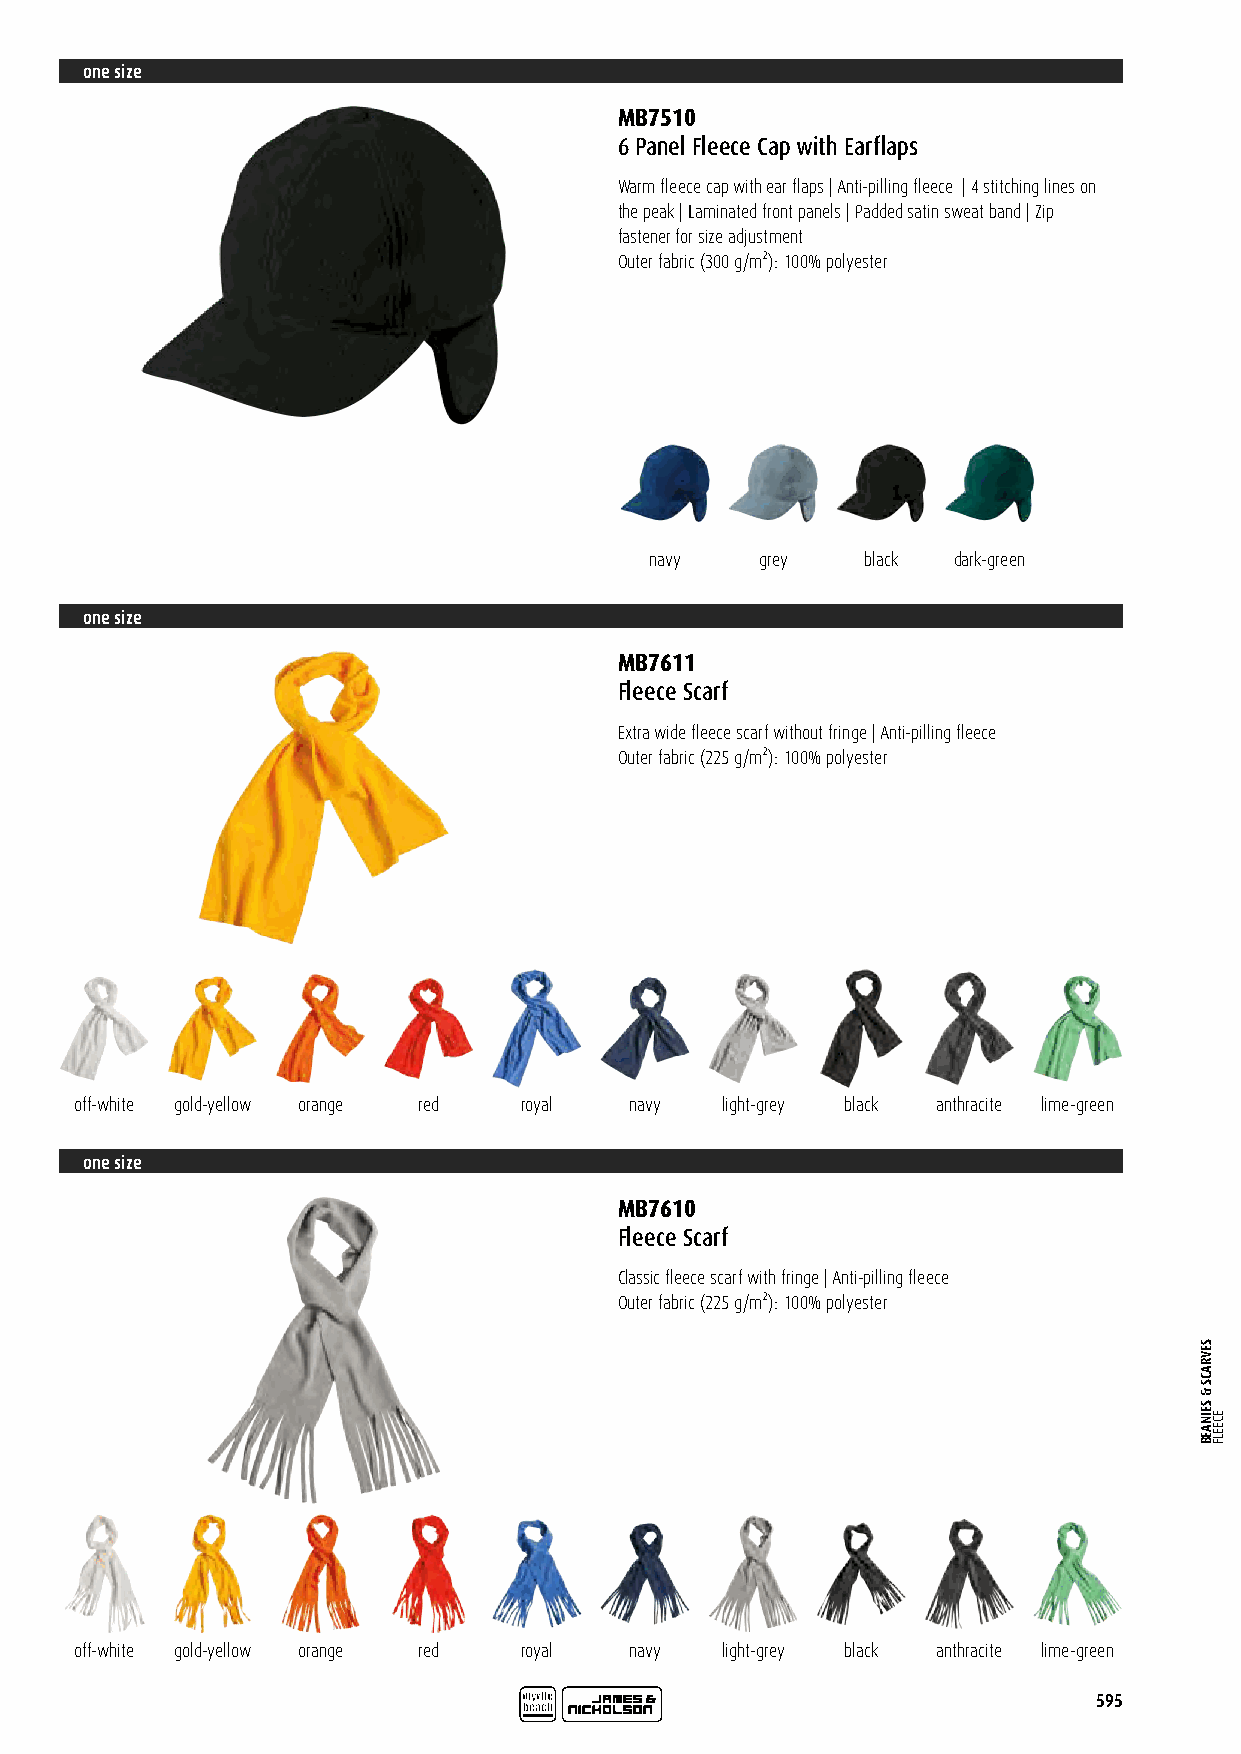
one size
 MB7510
 6 Panel Fleece Cap with Earflaps
 Warm fleece cap with ear flaps | Anti-pilling fleece | 4 stitching lines on
 the peak | Laminated front panels | Padded satin sweat band | Zip
 fastener for size adjustment
 Outer fabric (300 g/m²): 100% polyester
 navy   grey   black dark-green
 one size
 MB7611
 Fleece Scarf
 Extra wide fleece scarf without fringe | Anti-pilling fleece
 Outer fabric (225 g/m²): 100% polyester
 off-white gold-yellow orange red royal navy light-grey black anthracite lime-green
 one size
 MB7610
 Fleece Scarf
 Classic fleece scarf with fringe | Anti-pilling fleece
 Outer fabric (225 g/m²): 100% polyester
 off-white gold-yellow orange red royal navy light-grey black anthracite lime-green
 595
 SEVRACS
 &
 SEINAEB
 ECEELF